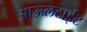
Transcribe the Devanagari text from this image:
आऊलटाईट